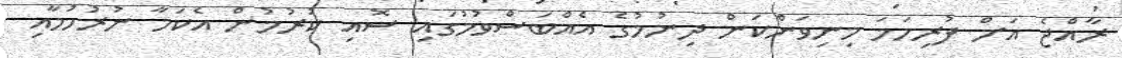
ރާއްޖެ އަށް ފުރިހަމަ މިނިވަންކަން ދިނުމުގެ އެއްބަސްވުމުގައި ސޮއި ކުރުމުން އެކަމާ ނުރުހުމާއި